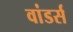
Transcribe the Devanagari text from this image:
वांडर्स